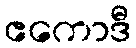
ဧကောဒီ